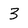
Character: 3